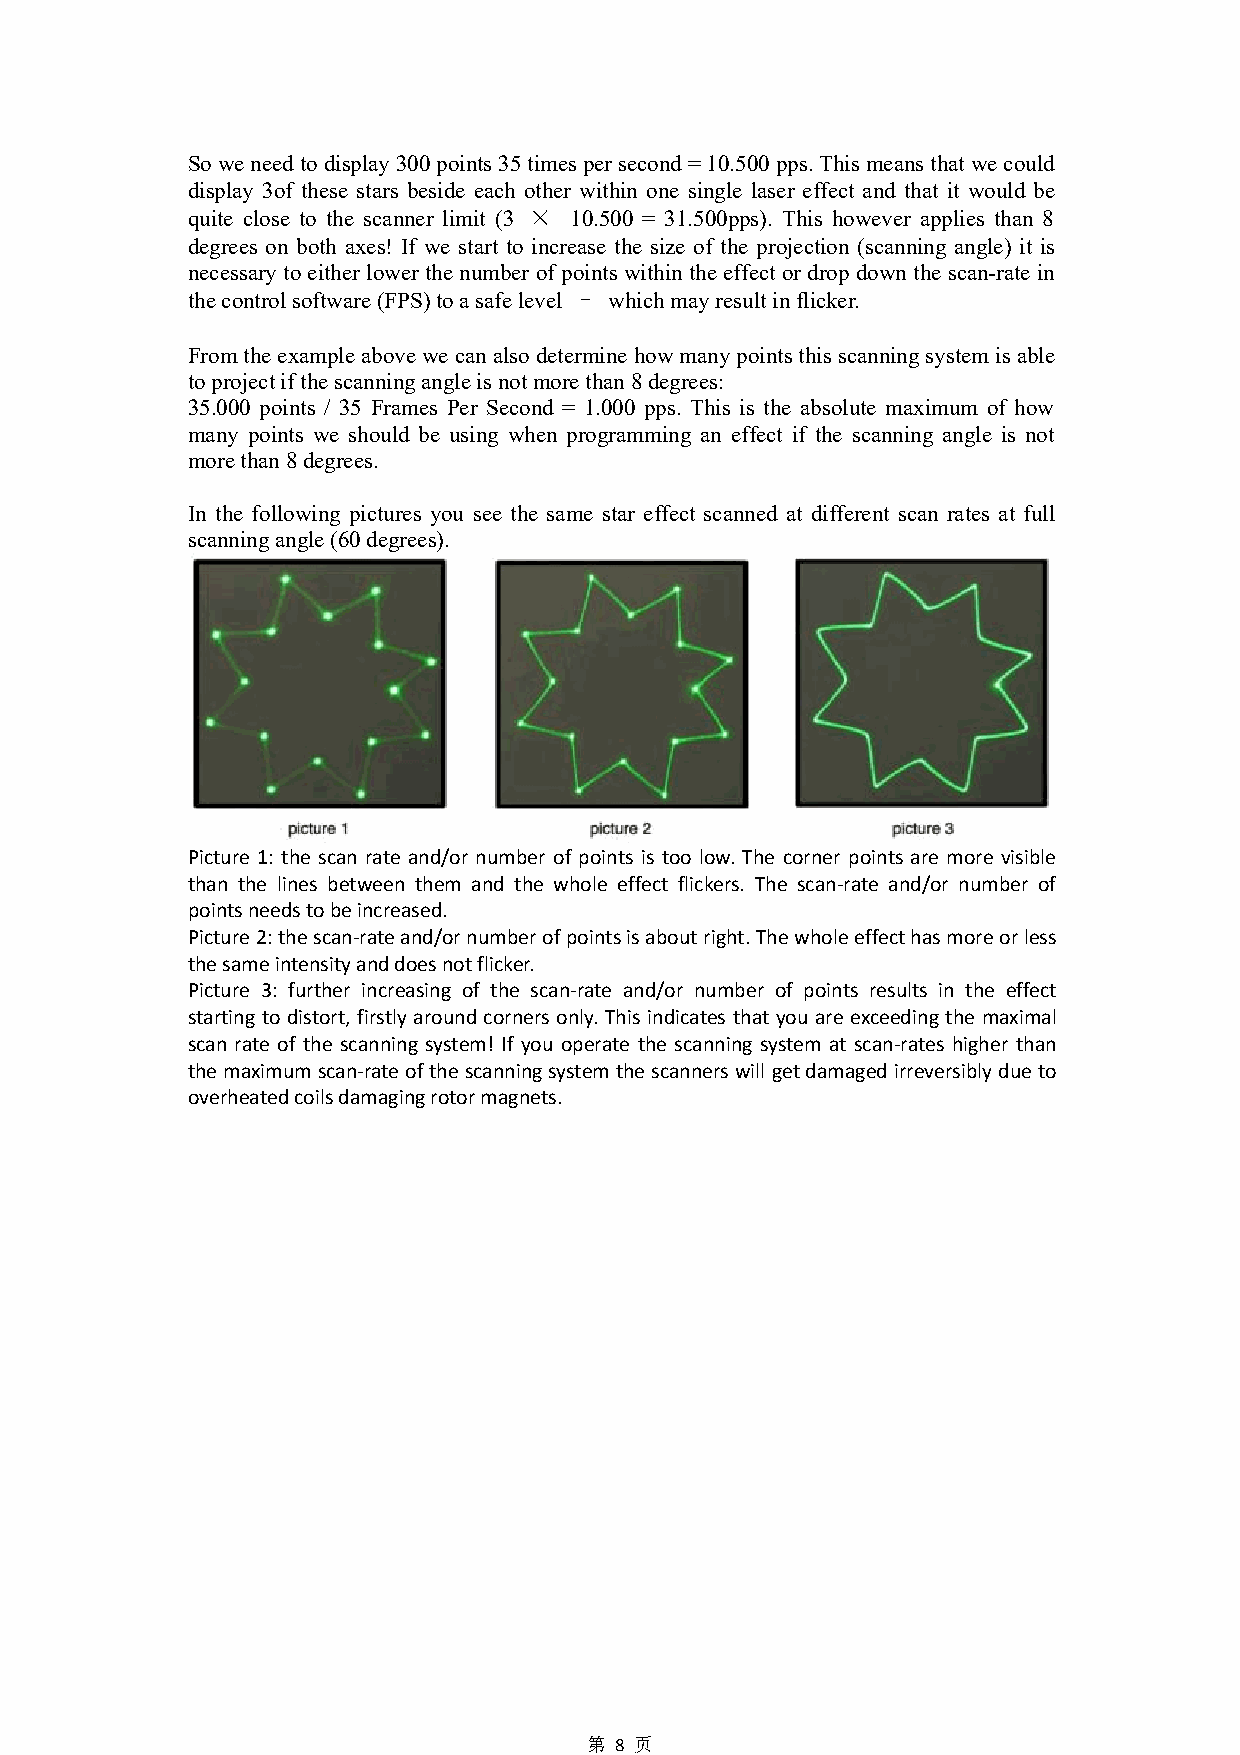
Soweneedtodisplay300points35timespersecond=10.500pps.Thismeansthatwecould
 display 3of these stars beside each other within one single laser effect and that it would be
 quite close to the scanner limit (3 × 10.500 = 31.500pps). This however applies than 8
 degrees on both axes! If we start to increase the size of the projection (scanning angle) it is
 necessarytoeither lower the number of points withinthe effect or drop downthe scan-rate in
 thecontrolsoftware(FPS)toasafelevel – whichmayresultinflicker.
 Fromtheexampleabovewe canalsodetermine howmanypointsthis scanningsystemisable
 toprojectifthescanningangleisnotmorethan8degrees:
 35.000 points / 35 Frames Per Second = 1.000 pps. This is the absolute maximum of how
 many points we should be using when programming an effect if the scanning angle is not
 morethan8degrees.
 In the following pictures you see the same star effect scanned at different scan rates at full
 scanningangle(60degrees).
 Picture 1: the scan rate and/or number of points is too low. The corner points are more visible
 than the lines between them and the whole effect flickers. The scan-rate and/or number of
 pointsneedstobeincreased.
 Picture2:thescan-rateand/ornumberofpointsisaboutright.Thewholeeffecthasmoreorless
 thesameintensityanddoesnotflicker.
 Picture 3: further increasing of the scan-rate and/or number of points results in the effect
 starting to distort, firstly around corners only.This indicates that you are exceeding the maximal
 scan rate of the scanning system! If you operate the scanning system at scan-rates higher than
 themaximumscan-rateofthescanningsystemthescannerswill getdamagedirreversiblydueto
 overheatedcoilsdamagingrotormagnets.
 第 8 页